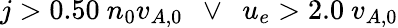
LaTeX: j>0.50\ n_{0}v_{A,0}\ \ \lor\ \ u_{e}>2.0\ v_{A,0}